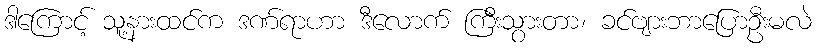
ဒါကြောင့် သူ့နားထင်က ဒဏ်ရာဟာ ဒီလောက် ကြီးသွားတာ၊ ခင်ဗျားဘာပြောဦးမလဲ